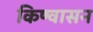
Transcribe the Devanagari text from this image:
किण्वासन